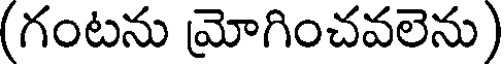
(గంటను మోగించవలెను)